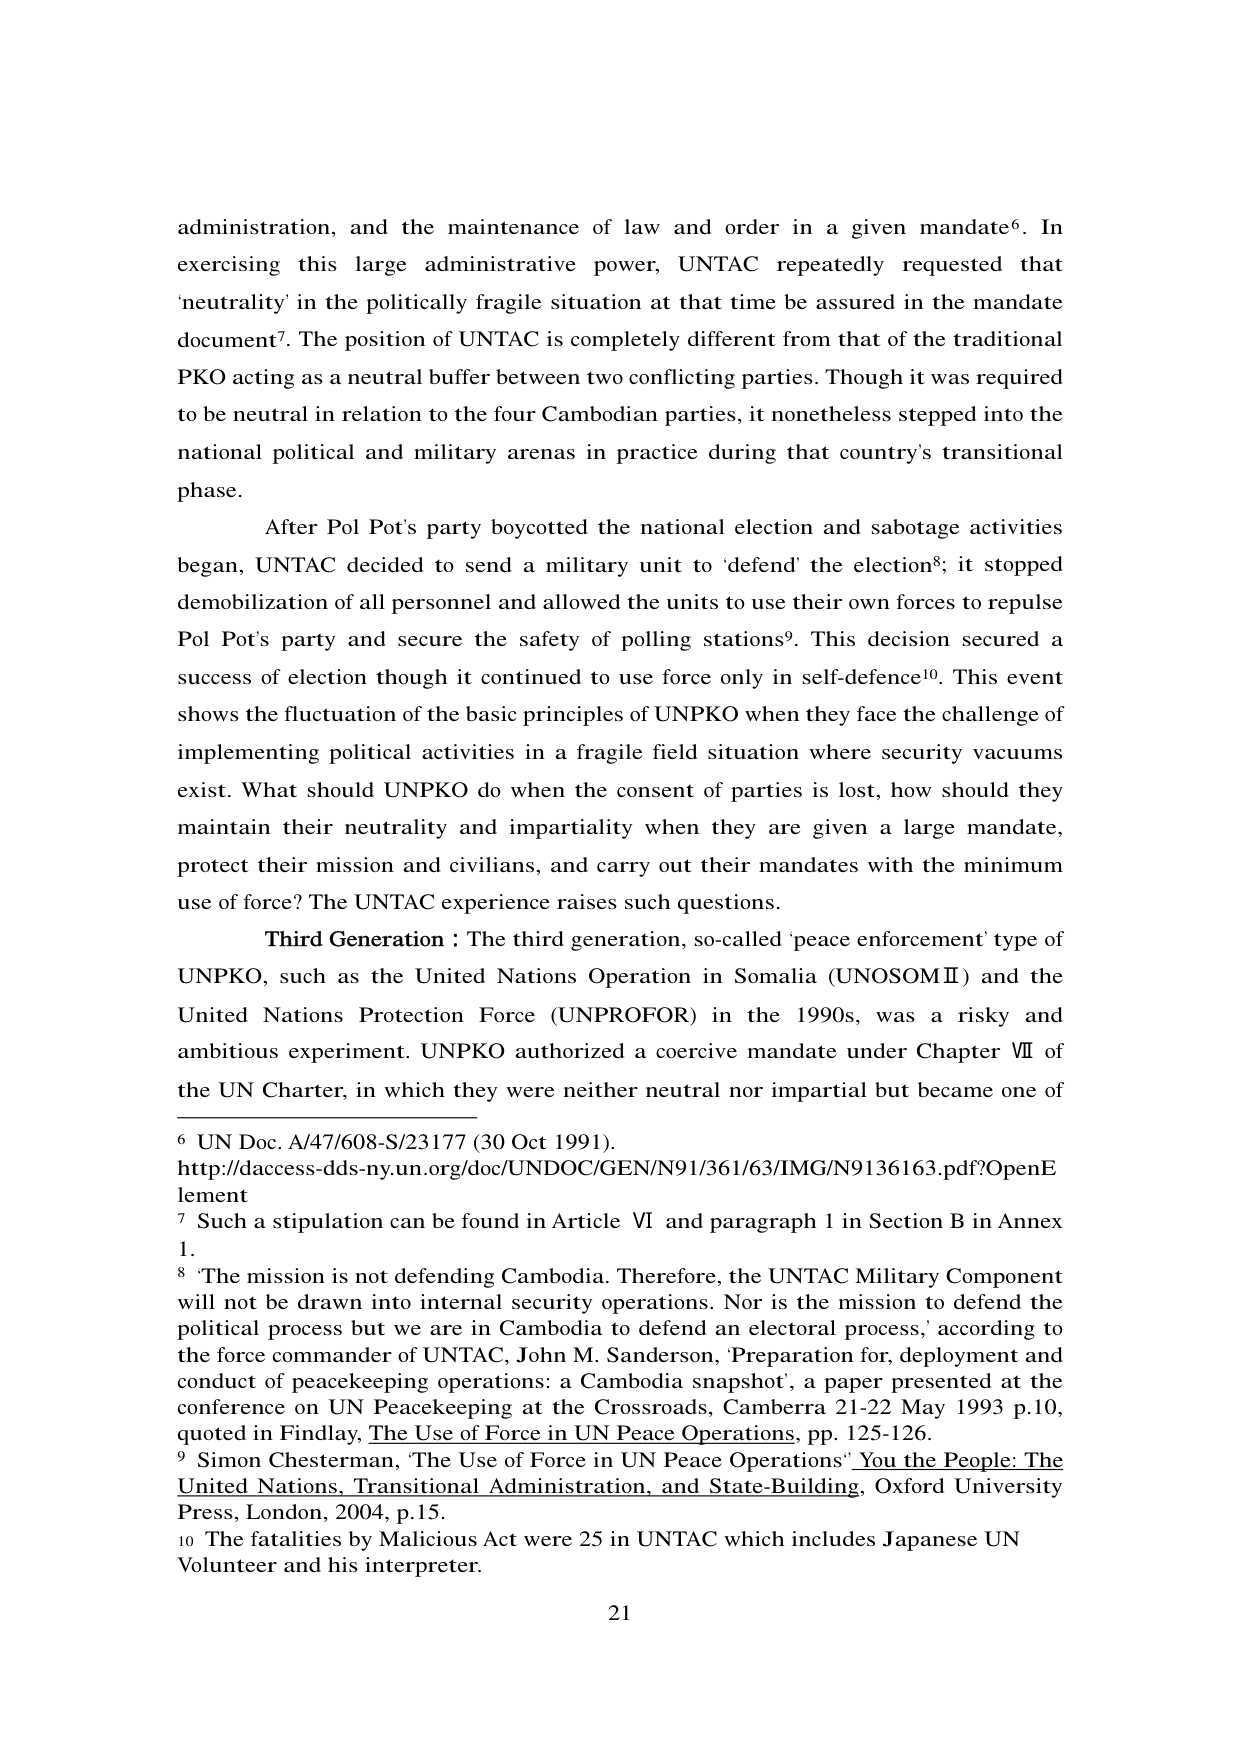
administration, and the maintenance of law and order in a given mandate⁶. In exercising this large administrative power, UNTAC repeatedly requested that 'neutrality' in the politically fragile situation at that time be assured in the mandate document⁷. The position of UNTAC is completely different from that of the traditional PKO acting as a neutral buffer between two conflicting parties. Though it was required to be neutral in relation to the four Cambodian parties, it nonetheless stepped into the national political and military arenas in practice during that country's transitional phase.

After Pol Pot's party boycotted the national election and sabotage activities began, UNTAC decided to send a military unit to 'defend' the election⁸; it stopped demobilization of all personnel and allowed the units to use their own forces to repulse Pol Pot's party and secure the safety of polling stations⁹. This decision secured a success of election though it continued to use force only in self-defence¹⁰. This event shows the fluctuation of the basic principles of UNPKO when they face the challenge of implementing political activities in a fragile field situation where security vacuums exist. What should UNPKO do when the consent of parties is lost, how should they maintain their neutrality and impartiality when they are given a large mandate, protect their mission and civilians, and carry out their mandates with the minimum use of force? The UNTAC experience raises such questions.

Third Generation : The third generation, so-called 'peace enforcement' type of UNPKO, such as the United Nations Operation in Somalia (UNOSOM II) and the United Nations Protection Force (UNPROFOR) in the 1990s, was a risky and ambitious experiment. UNPKO authorized a coercive mandate under Chapter VII of the UN Charter, in which they were neither neutral nor impartial but became one of

⁶ UN Doc. A/47/608-S/23177 (30 Oct 1991). http://daccess-dds-ny.un.org/doc/UNDOC/GEN/N91/361/63/IMG/N9136163.pdf?OpenElement
⁷ Such a stipulation can be found in Article VI and paragraph 1 in Section B in Annex 1.
⁸ 'The mission is not defending Cambodia. Therefore, the UNTAC Military Component will not be drawn into internal security operations. Nor is the mission to defend the political process but we are in Cambodia to defend an electoral process,' according to the force commander of UNTAC, John M. Sanderson, 'Preparation for, deployment and conduct of peacekeeping operations: a Cambodia snapshot', a paper presented at the conference on UN Peacekeeping at the Crossroads, Canberra 21-22 May 1993 p.10, quoted in Findlay, The Use of Force in UN Peace Operations, pp. 125-126.
⁹ Simon Chesterman, 'The Use of Force in UN Peace Operations' You the People: The United Nations, Transitional Administration, and State-Building, Oxford University Press, London, 2004, p.15.
¹⁰ The fatalities by Malicious Act were 25 in UNTAC which includes Japanese UN Volunteer and his interpreter.

21